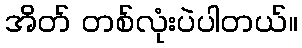
အိတ် တစ်လုံးပဲပါတယ်။